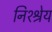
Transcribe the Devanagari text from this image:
निश्श्रेय